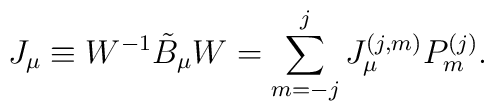
J_{\mu} \equiv W^{-1} \tilde{B}_{\mu} W   =\sum_{m=-j}^{j} J_{\mu}^{(j,m)}P_m^{(j)}.